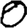
Digit: 0